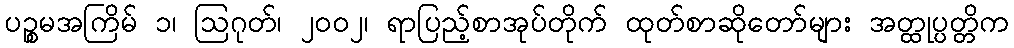
ပဉ္စမအကြိမ် ၁၊ ဩဂုတ်၊ ၂၀၀၂၊ ရာပြည့်စာအုပ်တိုက် ထုတ်စာဆိုတော်များ အတ္ထုပ္ပတ္တိက